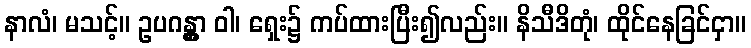
နာလံ၊ မသင့်။ ဥပဂန္တွာ ဝါ၊ ရှေး၌ ကပ်ထားပြီး၍လည်း။ နိသီဒိတုံ၊ ထိုင်နေခြင်ငှာ။